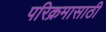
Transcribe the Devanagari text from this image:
परिक्रमासाठी